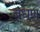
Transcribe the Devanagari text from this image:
बधणु